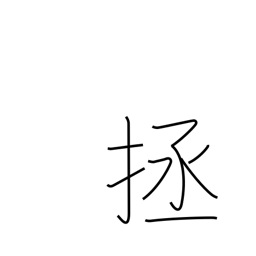
Meaning: help